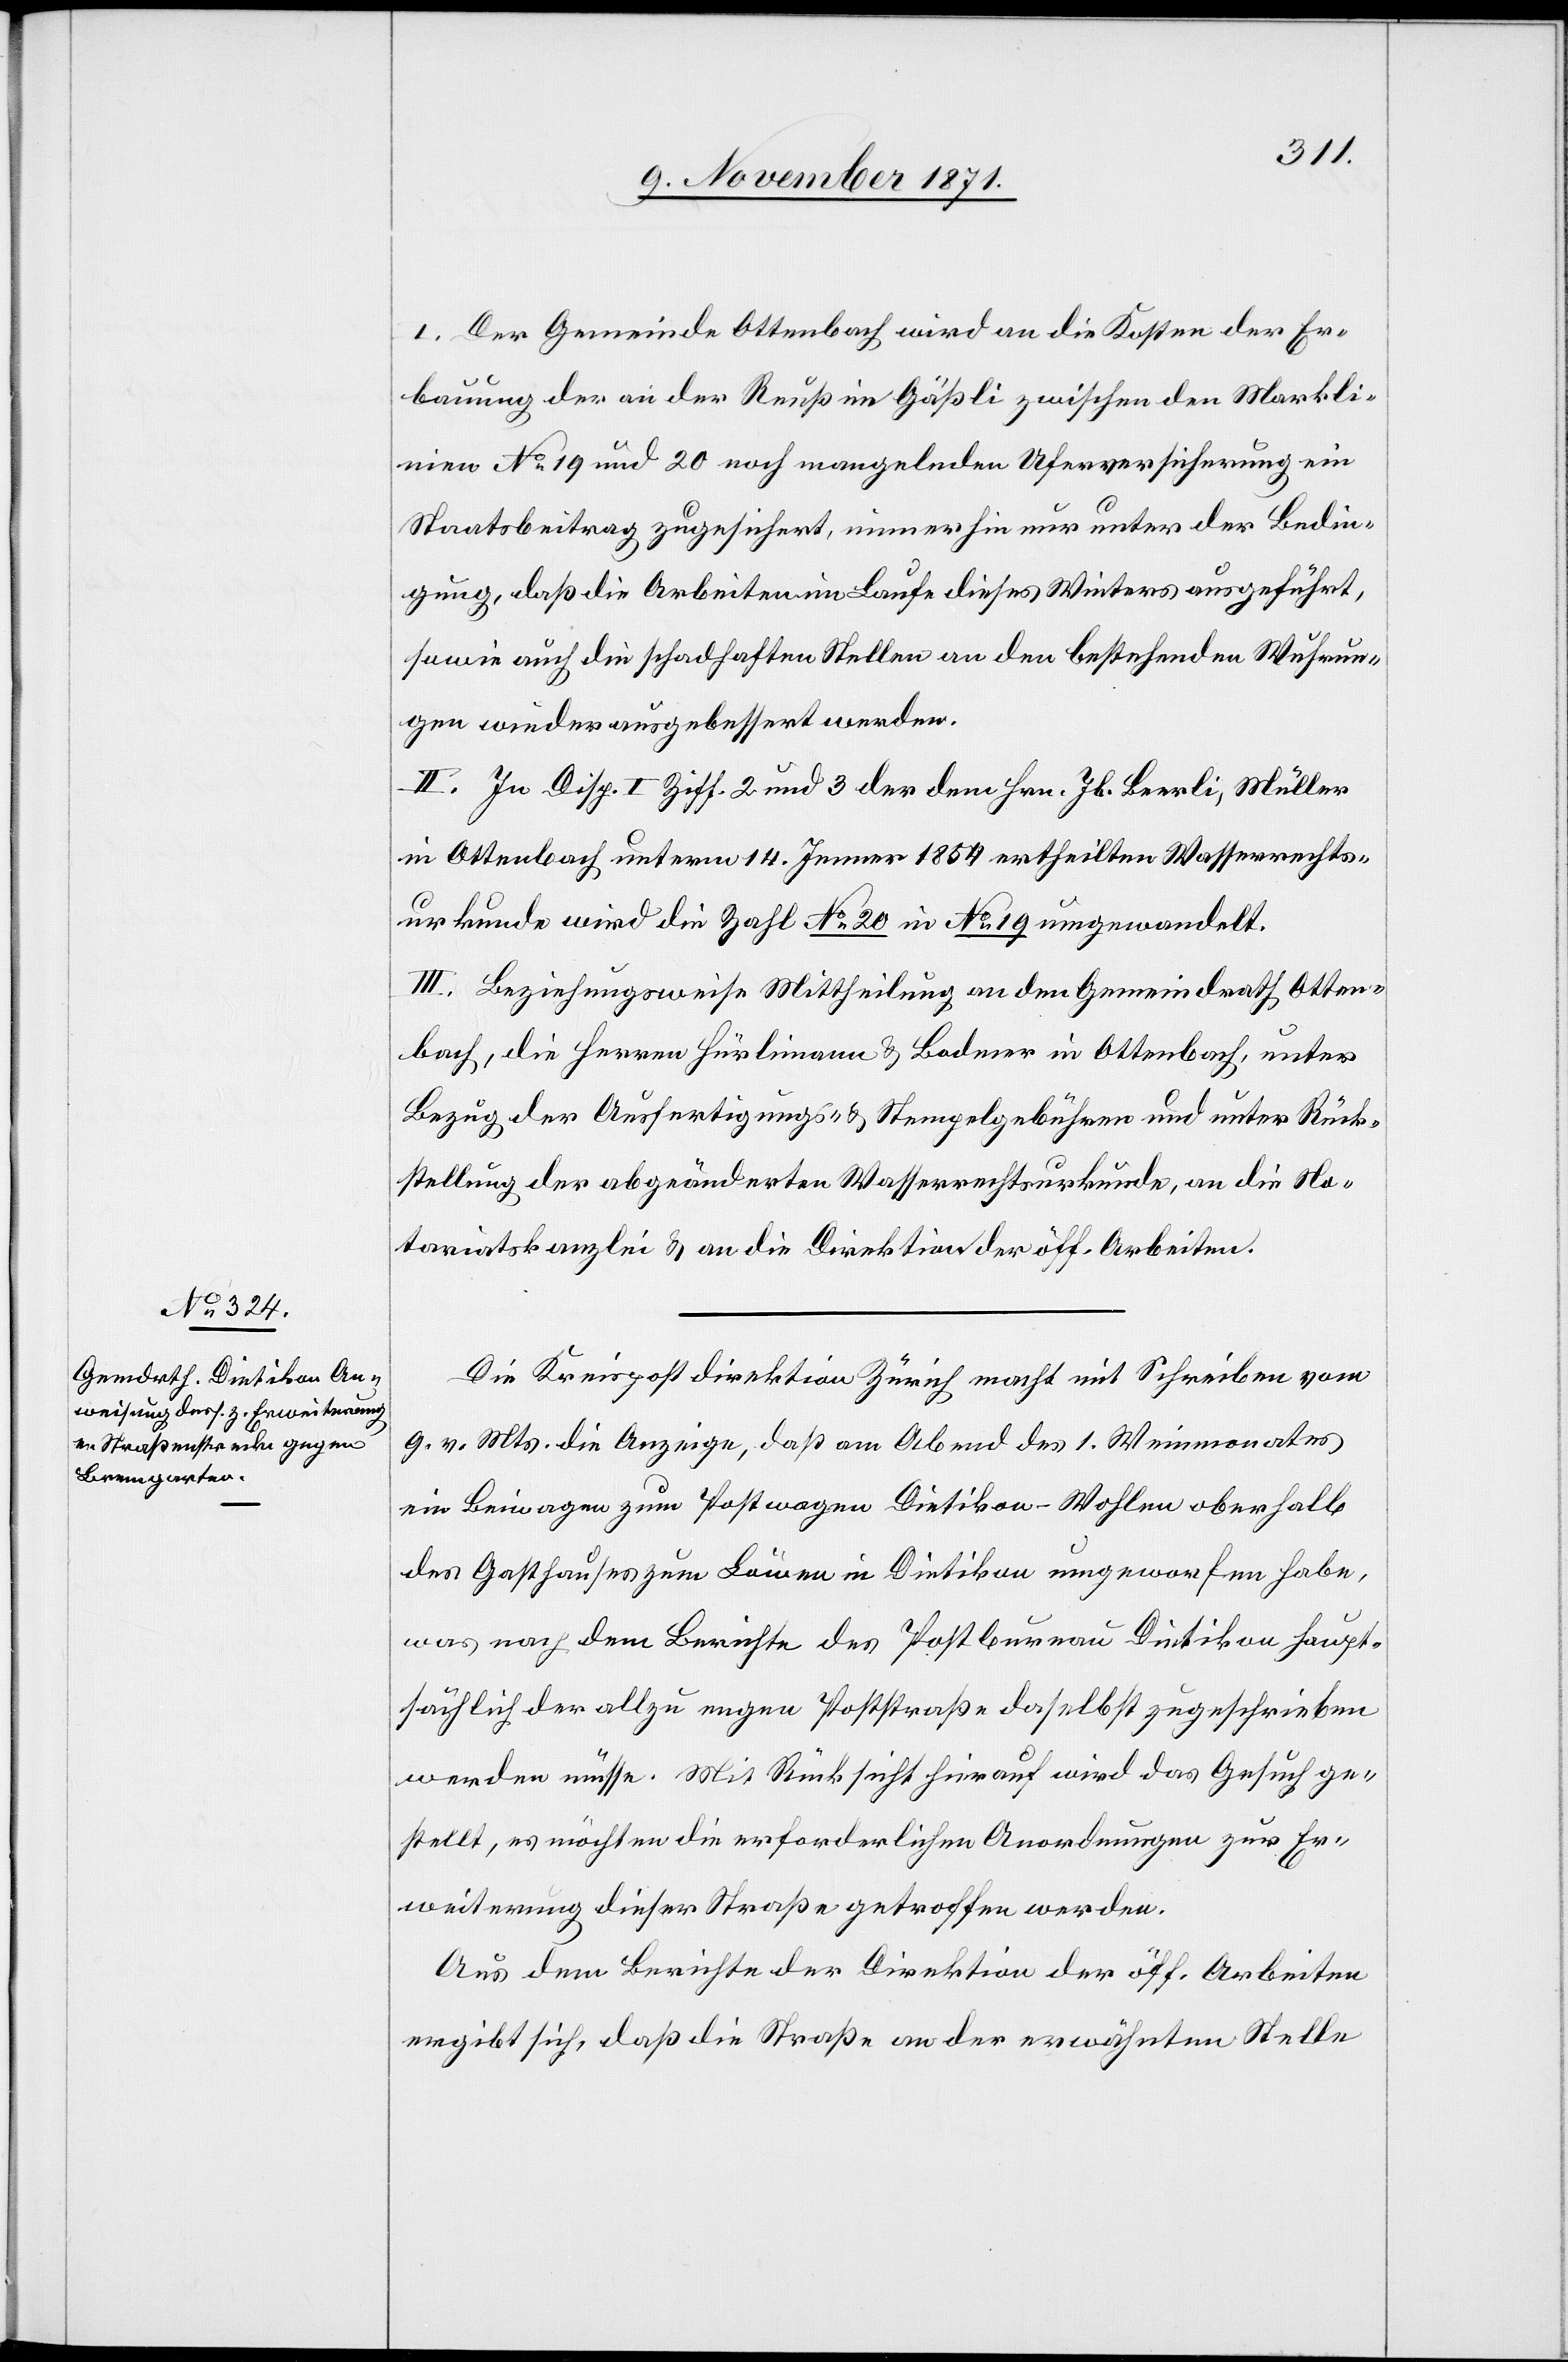
I. Der Gemeinde Ottenbach wird an die Kosten der Er¬
bauung der an der Reuß im Gäßli zwischen den Markli¬
nien No 19 und 20 noch mangelnden Uferversicherung ein
Staatsbeitrag zugesichert, immerhin nur unter der Bedin¬
gung, daß die Arbeiten im Laufe dieses Winters ausgeführt,
sowie auch die schadhaften Stellen an den bestehenden Wuhrun¬
gen wieder ausgebessert werden.
II. In Disp. I Ziff. 2 und 3 der dem Hrn. Jb. Beerli, Müller
in Ottenbach unterm 14. Jenner 1854 ertheilten Wasserrechts¬
urkunde wird die Zahl No 20 in No 19 umgewandelt.
III. Beziehungsweise Mittheilung an den Gemeindrath Otten¬
bach, die Herren Hürlimann & Bodmer in Ottenbach, unter
Bezug der Ausfertigungs- & Stempelgebühren und unter Rück¬
stellung der abgeänderten Wasserrechtsurkunde, an die No¬
tariatskanzlei & an die Direktion der öff. Arbeiten.
Die Kreispostdirektion Zürich macht mit Schreiben vom
9. v. Mts. die Anzeige, daß am Abend des 1. Weinmonates
ein Beiwagen zum Postwagen Dietikon-Wohlen oberhalb
des Gasthauses zum Löwen in Dietikon umgeworfen habe,
was nach dem Berichte des Postbureau Dietikon haupt¬
sächlich der allzu engen Poststraße daselbst zugeschrieben
werden müsse. Mit Rücksicht hierauf wird das Gesuch ge¬
stellt, es möchten die erforderlichen Anordnungen zur Er¬
weiterung dieser Straße getroffen werden.
Aus dem Berichte der Direktion der öff. Arbeiten
ergibt sich, daß die Straße an der erwähnten Stelle